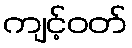
ကျင့်ဝတ်